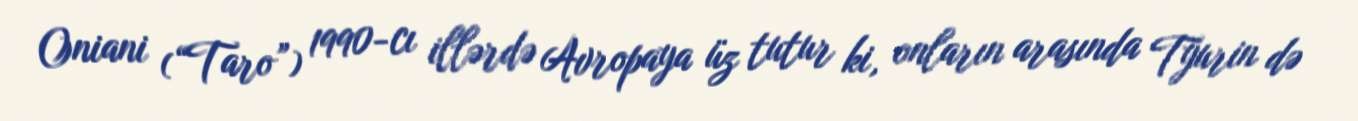
Oniani (“Taro”) 1990-cı illərdə Avropaya üz tutur ki, onların arasında Tyurin də